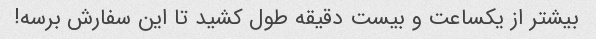
بیشتر از یکساعت و بیست دقیقه طول کشید تا این سفارش برسه!